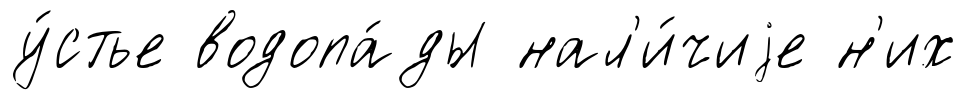
у́стье водопа́ды нал'и́чиjе н'их